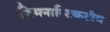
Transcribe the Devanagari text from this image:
जिमनास्टिकटीम